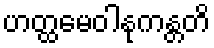
ဟတ္ထမေဝါနုကန္တတိ